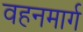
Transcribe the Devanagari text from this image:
वहनमार्ग